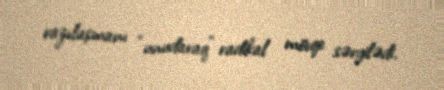
razılaşmanı “unudaraq” radikal mövqe sərgilədi.